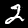
Digit: 2